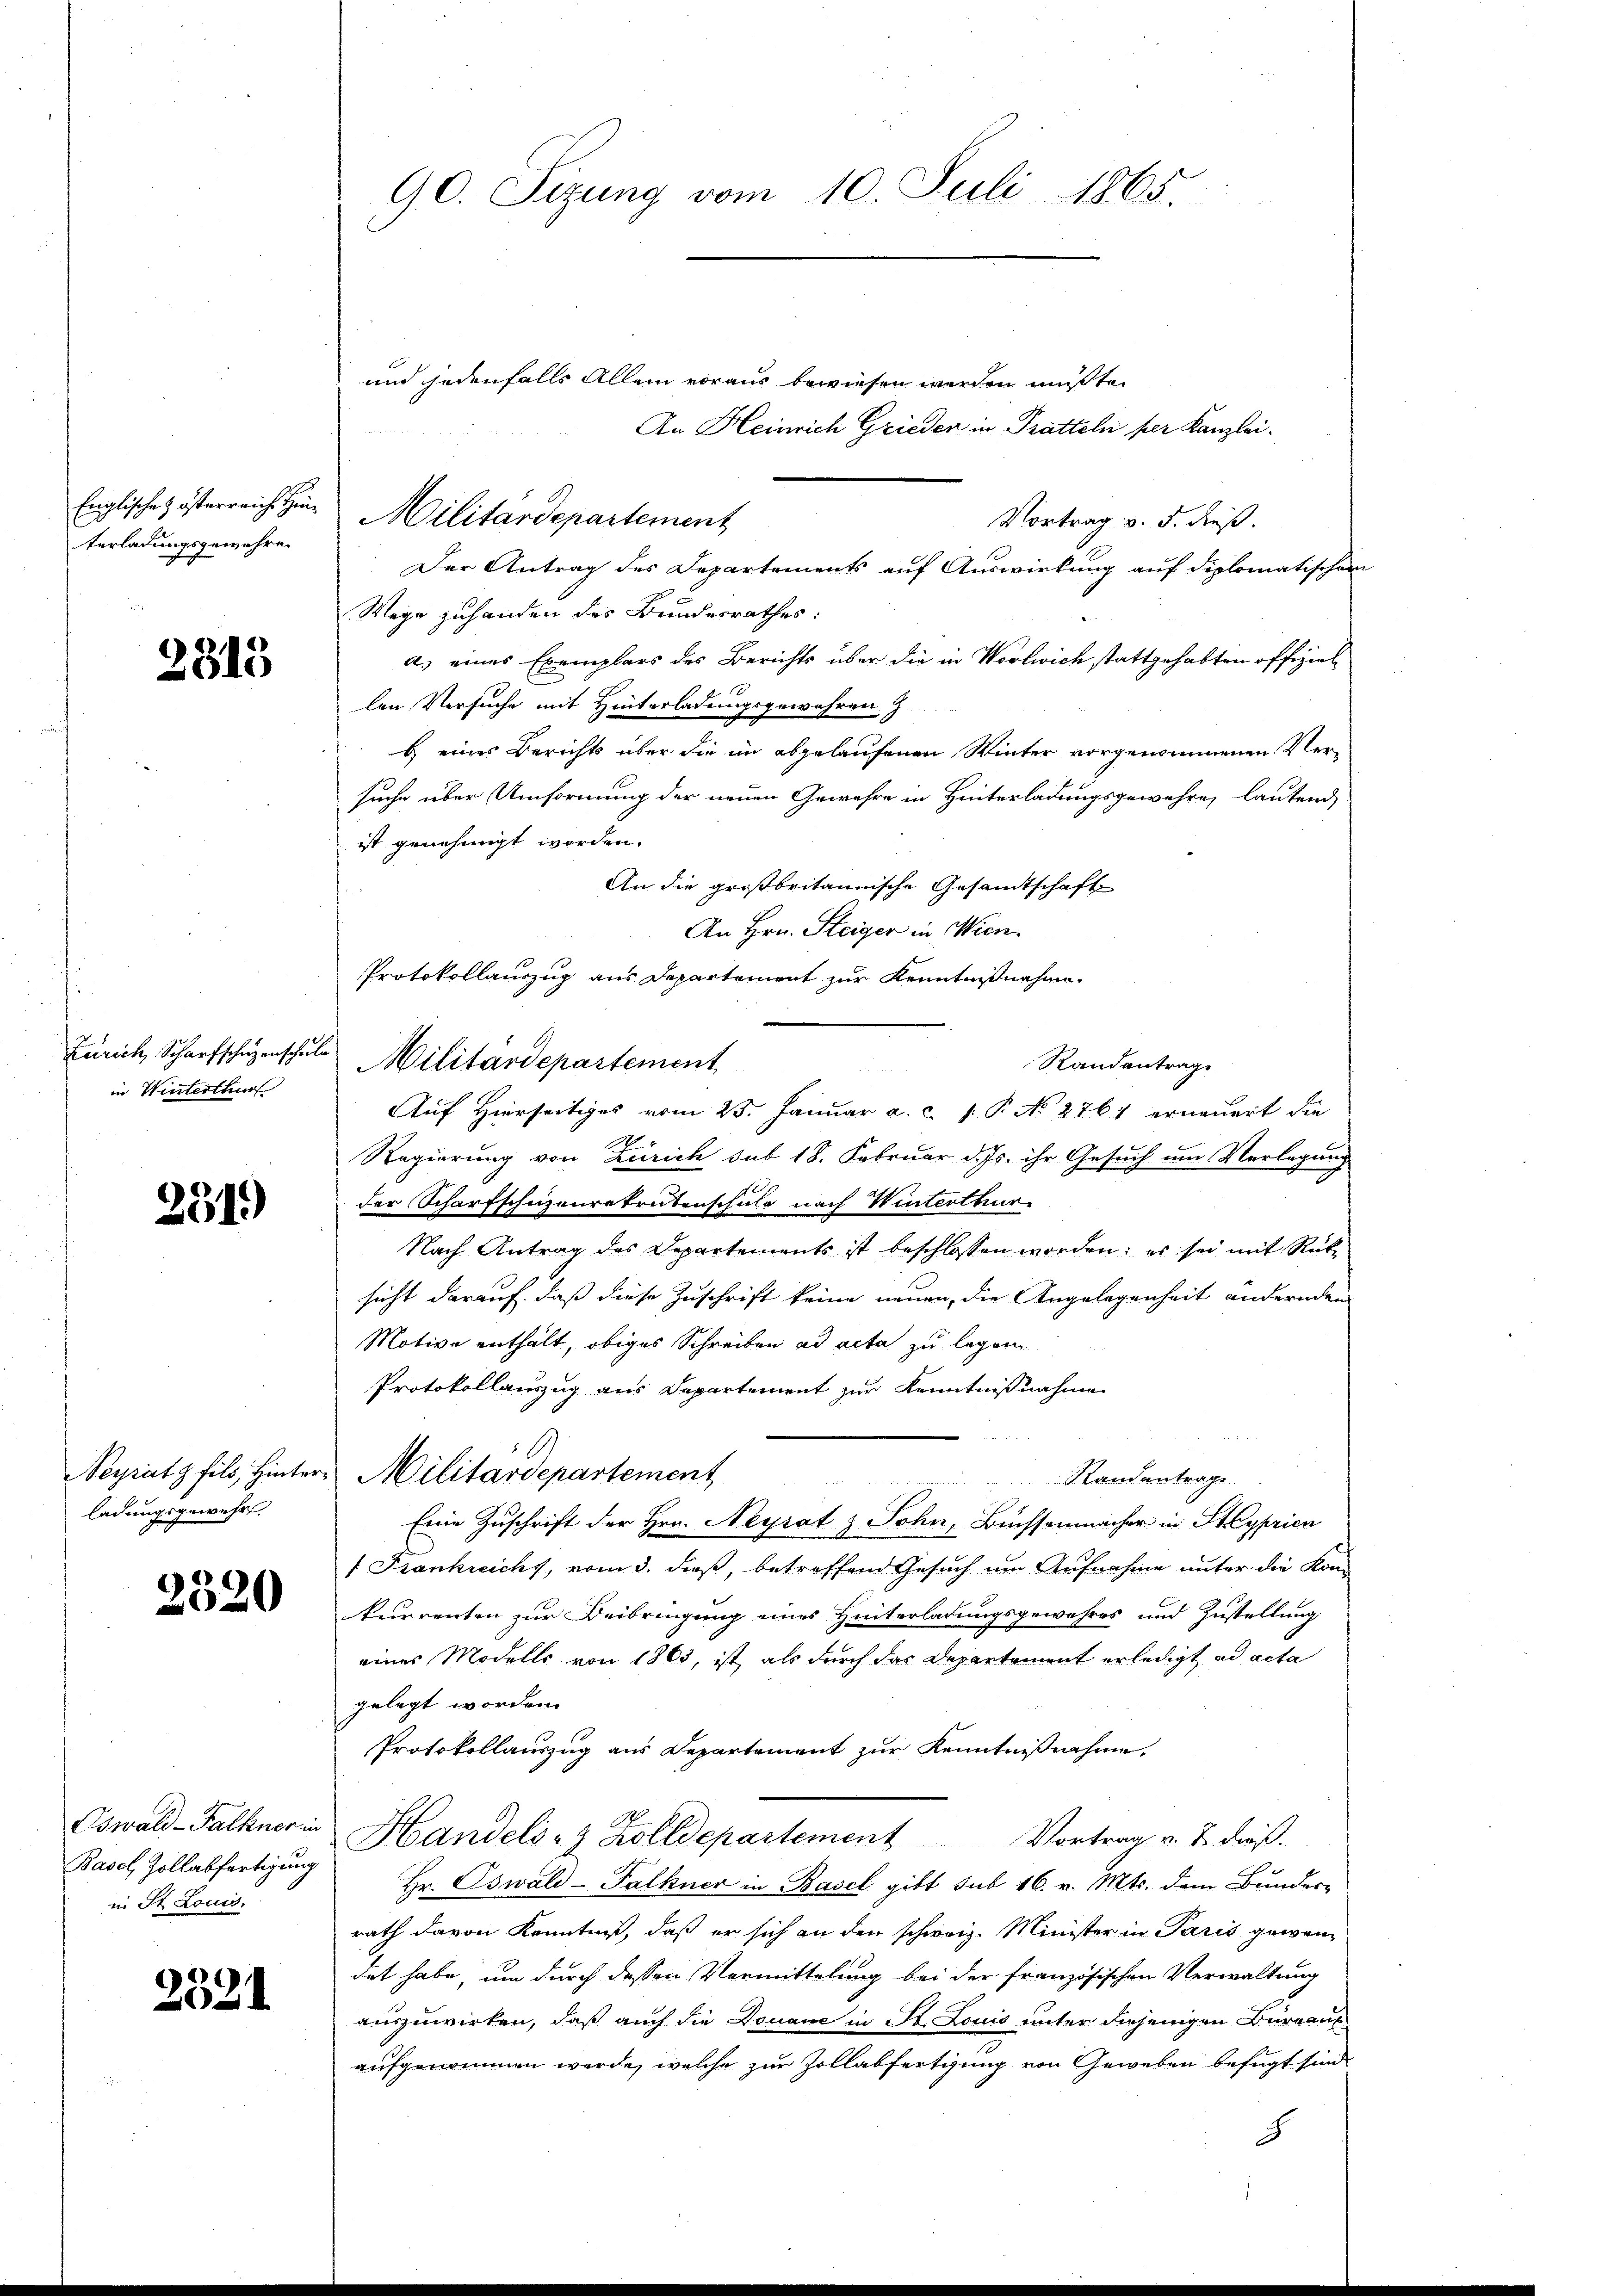
Englische & österreiche Hinterladungsgewehren

2315

Zürich, Scharfschüzenschul
in Winterthur

231)

Seyratz fils, Hinterladungsgewehr

2320

Cswald-Falkner in
Basel, Zollabfertigung
in St. Louis.

2321

90. Sizung vom 10. Juli 1865.

und jedenfalls Allein voraus bewiesen werden müßte.
An Heinrich Grieder in Pratteln per Kanzlei.
Vortrag v. 5. dieß.
Der Antrag des Departements auf Auswirkung auf diplomatischen
Wege zuhanden des Bundesrathes:
a.) eines Exemplars des Berichts über die in Woolwich stattgehabten offiziel
len Versuche mit Hinterladungsgewahren, z.
b eines Berichts über die im abgelaufenen Winter vorgenommenen Versuche über Umformung der neuen Gewähre in Hinterladungsgewehre, lautend,
ist genehmigt worden.
An die großbritannische Gesamtschaft
An Hrn. Steiger in Wien
Protokollauszug aus Departement zur Kenntnißnahme.
Militärdepartement
Randantrage
Auf Hierseitiges vom 25. Januar a. c. 1 P. No 2761 erneuert die
Regierung von Zürich sub 18. Februar d. Js. ihr Gesuch um Verlegung
der Scharfschüzenrekrutenschule nach Winterthur
Nach Antrag des Departements ist beschlossen worden; es sei mit Rüksicht darauf, daß diese Zuschrift keine neuen, die Angelegenheit andernden
Motive enthält, obiges Schreiben ad acta zu legen
Protokollauszug aus Departement zur Kenntnißnahme
g
22
Militärdepartement
Standantrage
Eine Zuschrift der Hrn. Neyrat & Sohn, Büchsenmacher in Hyprien
f Frankreichs, vom 3. dieß, betreffend Gesuch um Aufnahme unter die Kon
kurrenten zur Beibringung eines Hinterladungsgewahres und Zustellung
eines Modells von 1863, ist, als durch das Departement erledigt ad acta
gelegt worden.
Protokollauszug aus Departement zur Kenntnißnahme.
Handels- & Zolldepartement Vortrag v. J. dieß.
e
Hr. Oswald-Falkner in Basel gibt sub 16. v. Mts. dem Bunder-
rath davon Kenntniß, daß er sich an den schweiz. Minister in Paris gewendet habe, um durch dessen Vormittelung bei der französischen Verwaltung
auszuwirken, daß auch die Douane in St. Louis unter diejenigen Büreauf
aufgenommen werde, welche zur Zollabfertigung von Geweben befugt sind
8

Militärdepartement